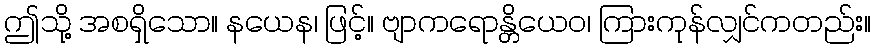
ဤသို့ အစရှိသော။ နယေန၊ ဖြင့်။ ဗျာကရောန္တိယေဝ၊ ကြားကုန်လျှင်ကတည်း။